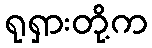
ရုရှားတို့က